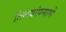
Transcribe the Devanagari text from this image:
तिळ्यांप्रमाणे